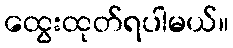
ထွေးထုတ်ရပါမယ်။